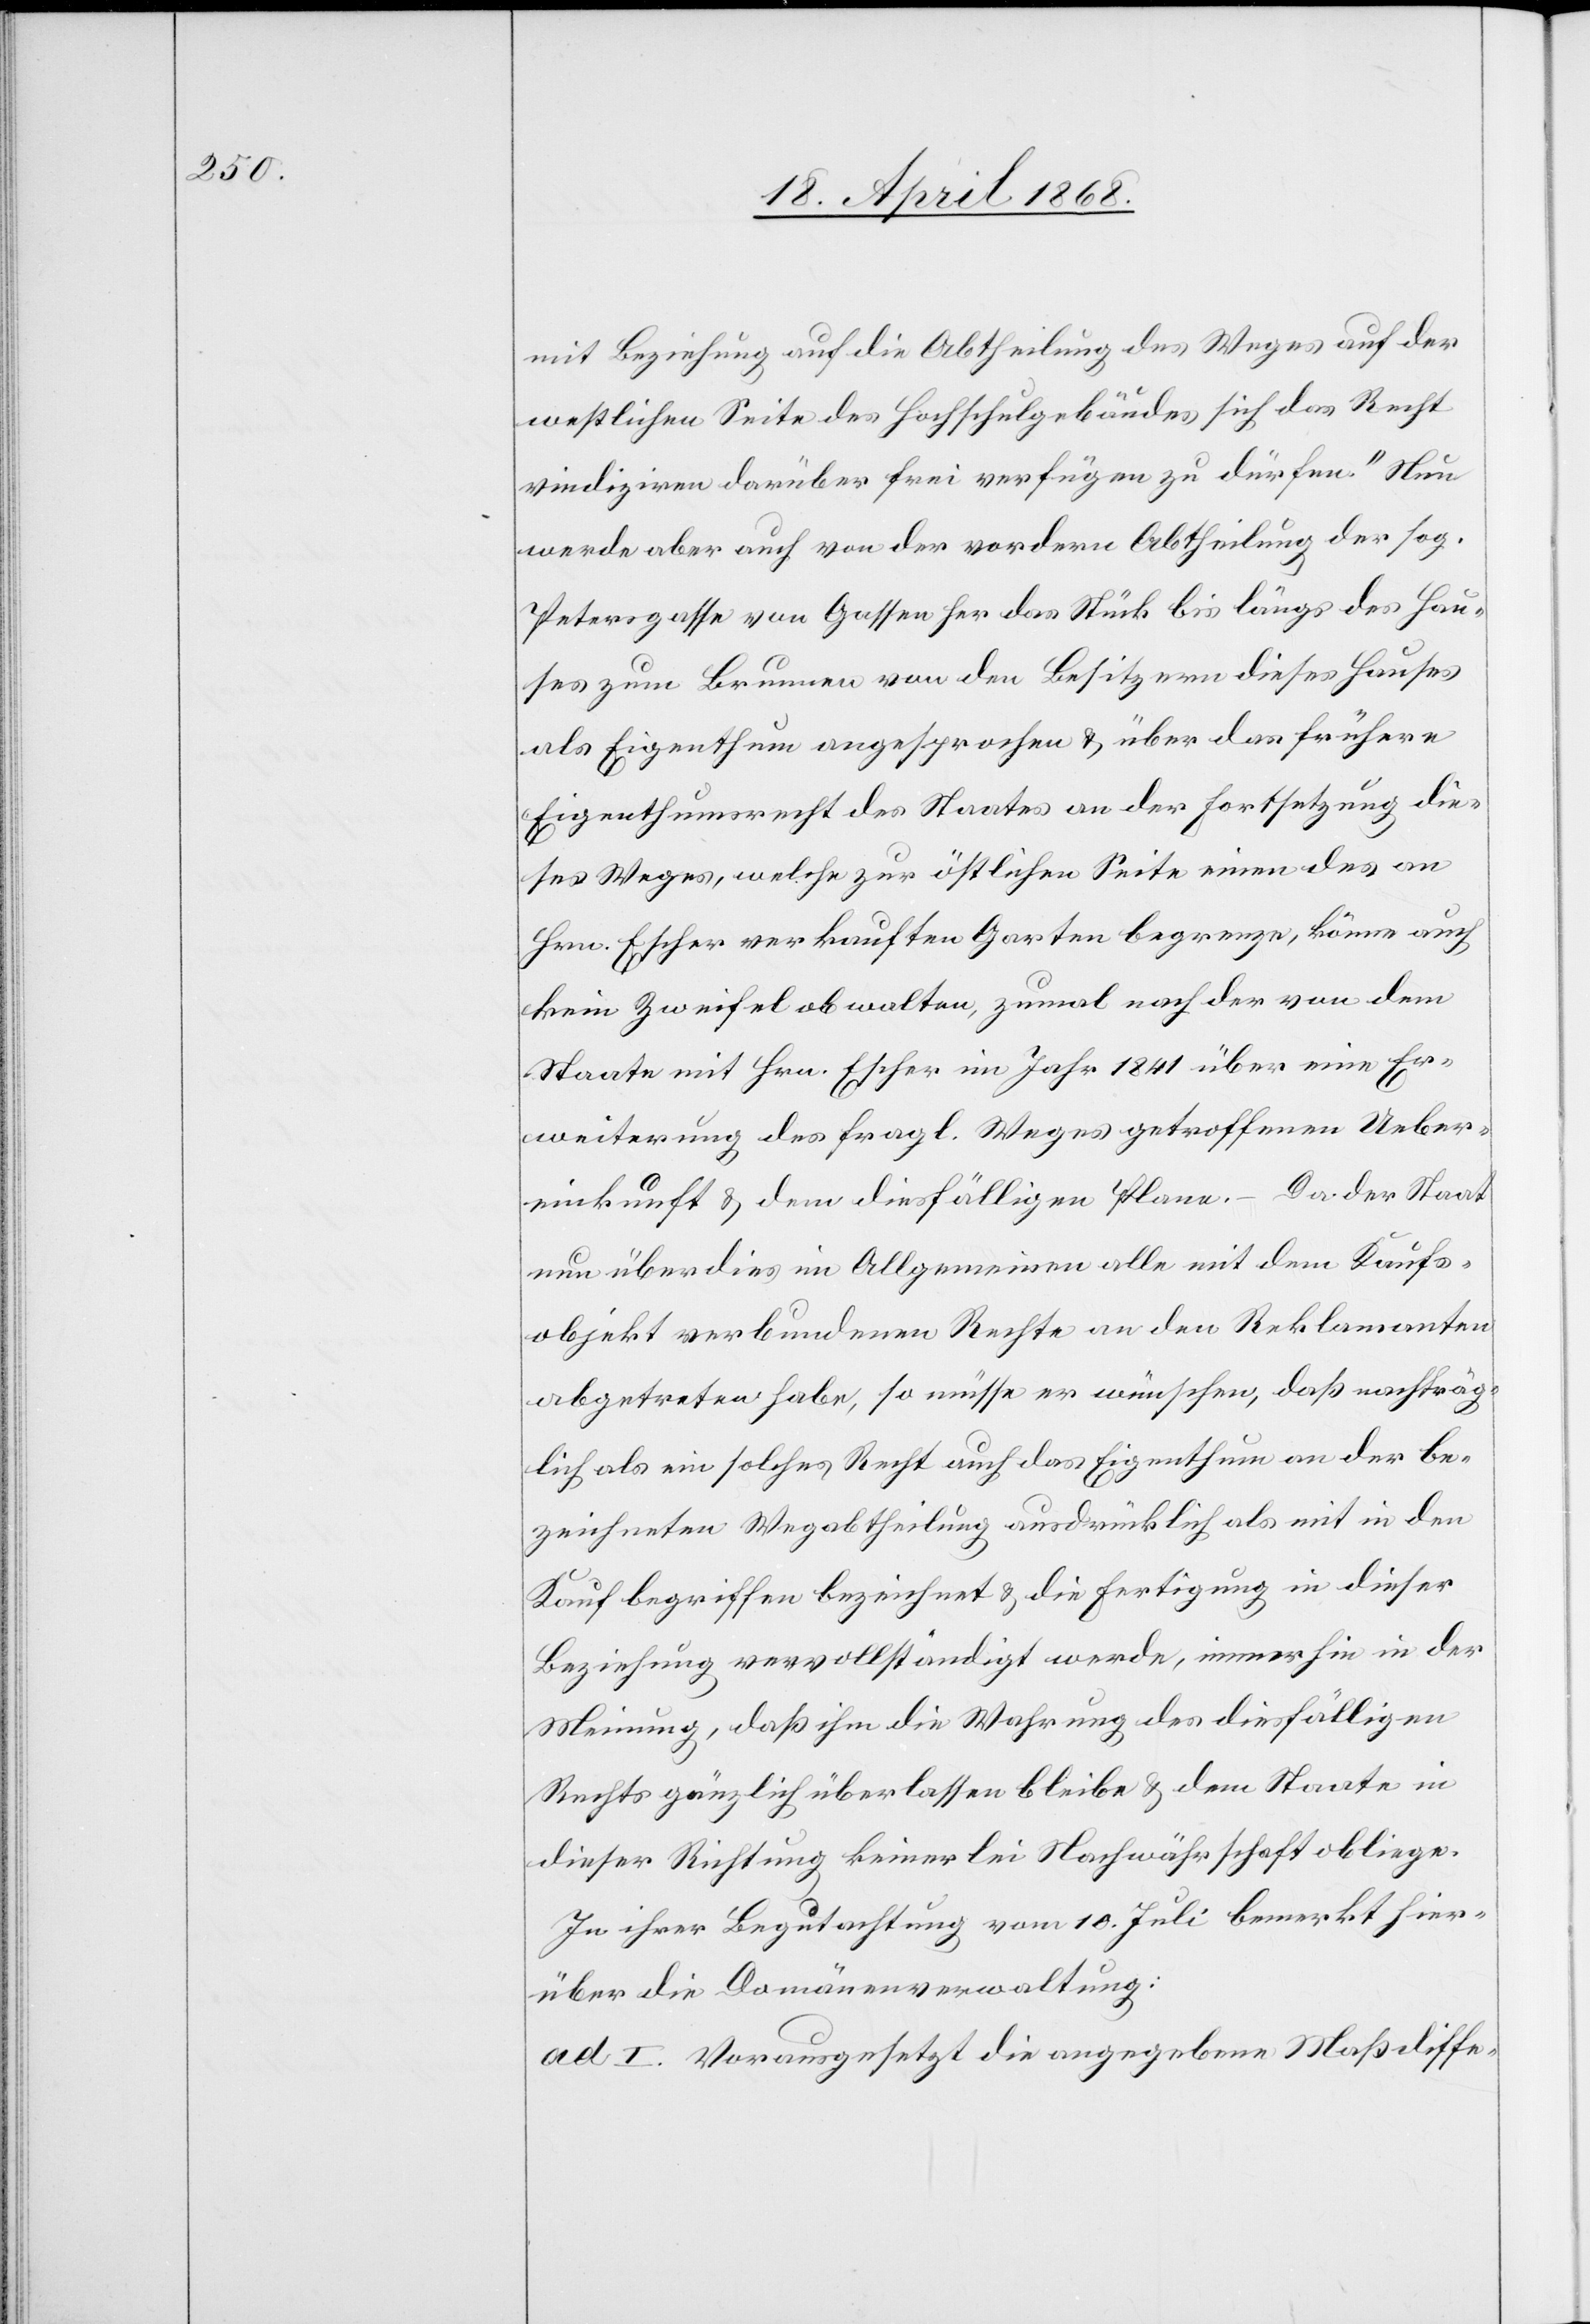
mit Beziehung auf die Abtheilung des Weges auf der
westlichen Seite des Hochschulgebäudes sich das Recht
vindiziren darüber frei verfügen zu dürfen.“ Nun
werde aber auch von der vordern Abtheilung der sog.
Petersgasse von Gassen her das Stück bis längs des Hau¬
ses zum Brunnen von den Besitzern dieses Hauses
als Eigenthum angesprochen & über das frühere
Eigenthumsrecht des Staates an der Fortsetzung die¬
ses Weges, welche zur östlichen Seite einen des an
Hrn. Escher verkauften Garten begrenze, könne auch
kein Zeifel obwalten, zumal nach der von dem
Staate mit Hrn. Escher im Jahr 1841 über eine Er¬
weiterung des fragl. Weges getroffenen Ueber¬
einkunft & dem diesfälligen Plane. – Da der Staat
nun überdies im Allgemeinen alle mit dem Kaufs¬
objekt verbundenen Rechte an den Reklamanten
abgetreten habe, so müsse er wünschen, daß nachträg¬
lich als ein solches Recht auch das Eigenthum an der be¬
zeichneten Wegabtheilung ausdrücklich als mit in den
Kauf begriffen bezeichnet & die Fertigung in dieser
Beziehung vervollständigt werde, immerhin in der
Meinung, daß ihm die Wahrung des diesfälligen
Rechts gänzlich überlassen bleibe & dem Staate in
dieser Richtung keinerlei Nachwährschaft obliege.
In ihrer Begutachtung vom 10. Juli bemerkt hier¬
über die Domänenverwaltung:
ad I. Vorausgesetzt die angegebene Maßdiffe-